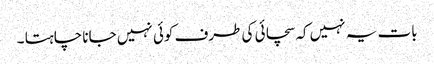
بات یہ نہیں کہ سچائی کی طرف کوئی نہیں جانا چاہتا ۔